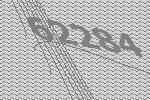
62284